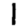
Digit: 1